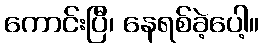
ကောင်းပြီ၊ နေရစ်ခဲ့ပေါ့။